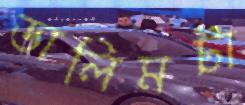
ডালিমটা